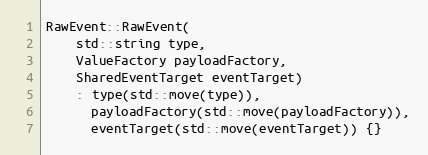
Language: C++
RawEvent::RawEvent(
    std::string type,
    ValueFactory payloadFactory,
    SharedEventTarget eventTarget)
    : type(std::move(type)),
      payloadFactory(std::move(payloadFactory)),
      eventTarget(std::move(eventTarget)) {}